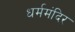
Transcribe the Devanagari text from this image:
धर्ममंदिर